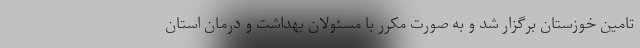
تامین خوزستان برگزار شد و به صورت مکرر با مسئولان بهداشت و درمان استان